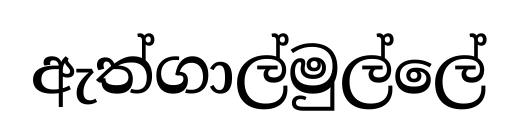
ඇත්ගාල්මුල්ලේ